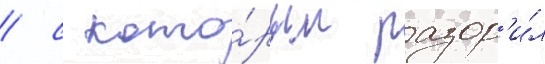
/ с кото́рым разор'и́л